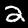
Digit: 2